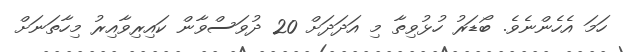
ހަމަ އެހެންނެވެ. ބޯޑަރު ހުޅުވިތާ މި އަދަދަށް 20 ދުވަސްވާން ކައިރިވާއިރު މިހާތަނަށް